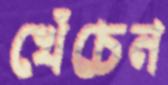
খেঁচেন